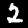
Label: 2